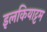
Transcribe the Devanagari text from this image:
इलकियाट्टम